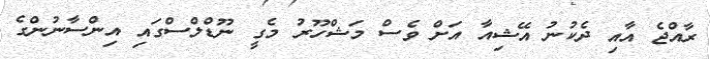
ރާއްޖެ އާއި ދެކުނު އޭޝިއާ އަށް ވެސް މަޝްހޫރު މެގީ ނޫޑްލްސްގައި އިންސާނުންގެ